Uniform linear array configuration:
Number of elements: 24
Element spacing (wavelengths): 0.25
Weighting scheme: cosine
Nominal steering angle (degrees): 15
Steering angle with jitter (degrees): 16.073
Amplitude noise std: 0.05
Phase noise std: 0.05

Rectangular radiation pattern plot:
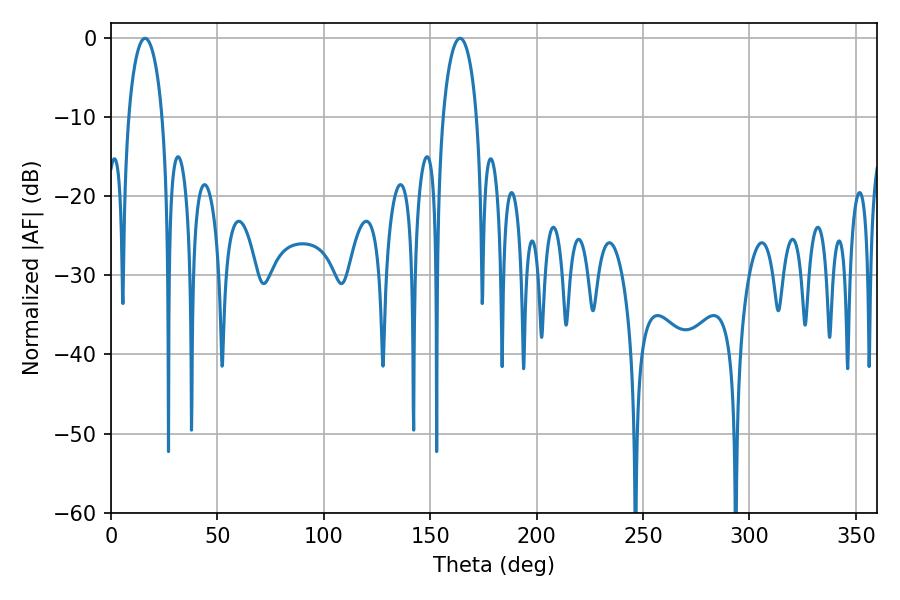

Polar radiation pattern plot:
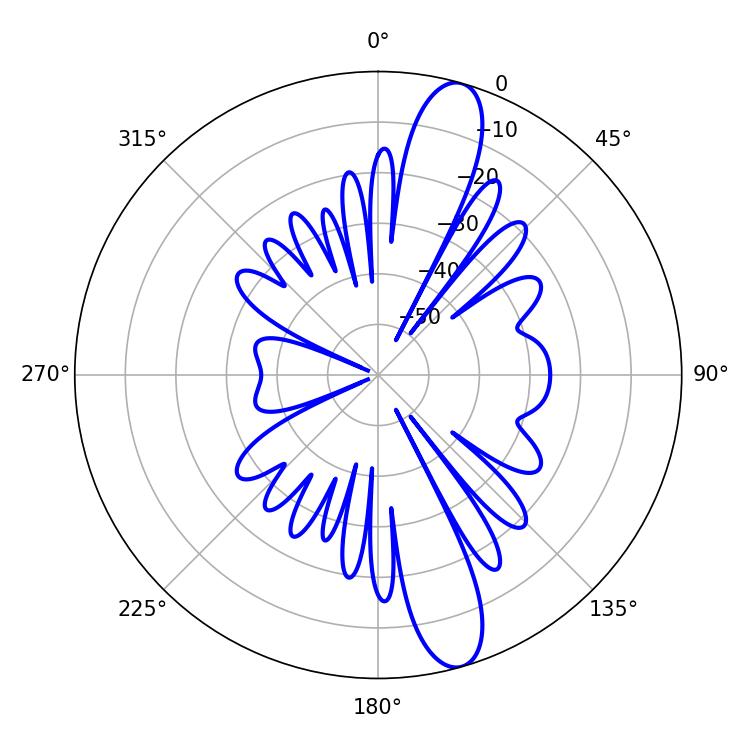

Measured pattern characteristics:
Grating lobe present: FALSE
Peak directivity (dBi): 13.114
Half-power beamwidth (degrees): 9
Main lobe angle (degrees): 16.02